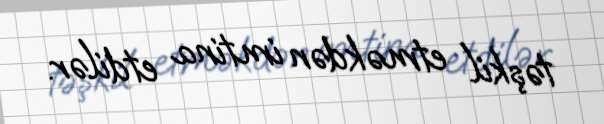
təşkil etməkdən imtina etdilər.